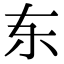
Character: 𫠣